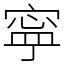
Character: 寜